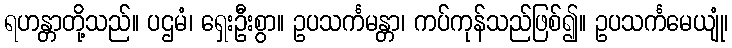
ရဟန္တာတို့သည်။ ပဌမံ၊ ရှေးဦးစွာ။ ဥပသင်္ကမန္တာ၊ ကပ်ကုန်သည်ဖြစ်၍။ ဥပသင်္ကမေယျုံ၊